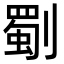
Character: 劅